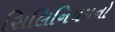
સિલિનિયમનો